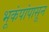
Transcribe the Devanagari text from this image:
भूकंपांपासून